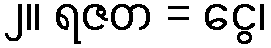
၂။ ရဇတ = ငွေ၊